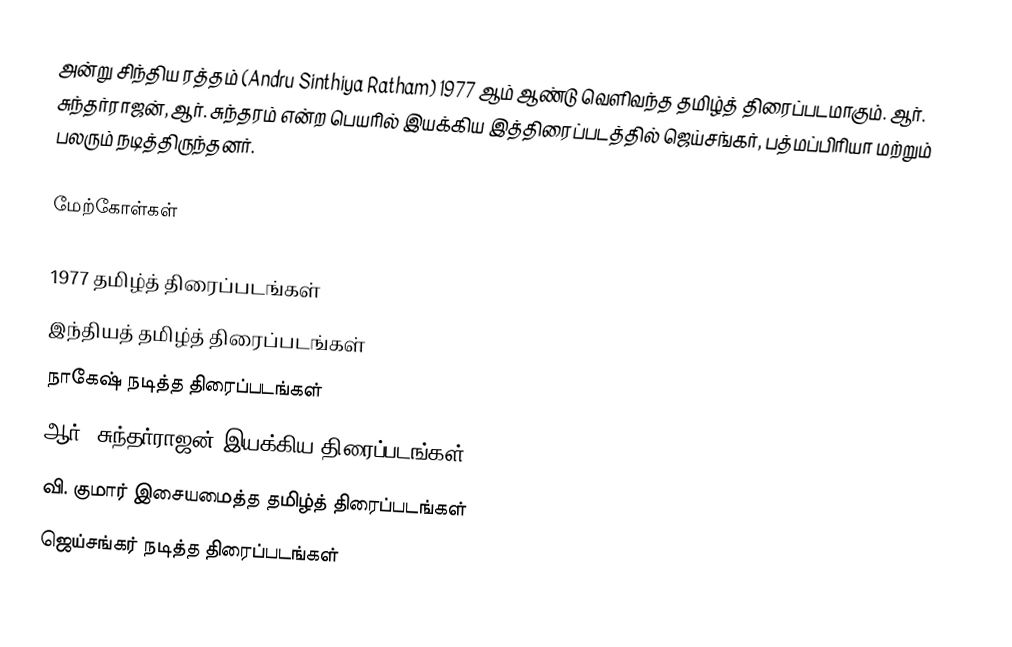
அன்று சிந்திய ரத்தம் (Andru Sinthiya Ratham) 1977 ஆம் ஆண்டு வெளிவந்த தமிழ்த் திரைப்படமாகும். ஆர். சுந்தர்ராஜன், ஆர். சுந்தரம் என்ற பெயரில் இயக்கிய இத்திரைப்படத்தில் ஜெய்சங்கர், பத்மப்பிரியா மற்றும் பலரும் நடித்திருந்தனர்.

மேற்கோள்கள்

1977 தமிழ்த் திரைப்படங்கள்
இந்தியத் தமிழ்த் திரைப்படங்கள்
நாகேஷ் நடித்த திரைப்படங்கள்
ஆர். சுந்தர்ராஜன் இயக்கிய திரைப்படங்கள்
வி. குமார் இசையமைத்த தமிழ்த் திரைப்படங்கள்
ஜெய்சங்கர் நடித்த திரைப்படங்கள்